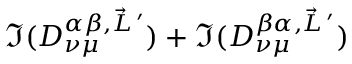
\Im ( D _ { \nu \mu } ^ { \alpha \beta , \vec { L } \, ^ { \prime } } ) + \Im ( D _ { \nu \mu } ^ { \beta \alpha , \vec { L } \, ^ { \prime } } )